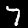
Label: 7